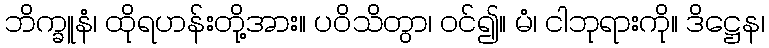
ဘိက္ခူနံ၊ ထိုရဟန်းတို့အား။ ပဝိသိတွာ၊ ဝင်၍။ မံ၊ ငါဘုရားကို။ ဒိဋ္ဌေန၊